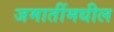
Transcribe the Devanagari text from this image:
जमातींमधील